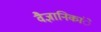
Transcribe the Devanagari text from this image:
वैज्ञानिकांे